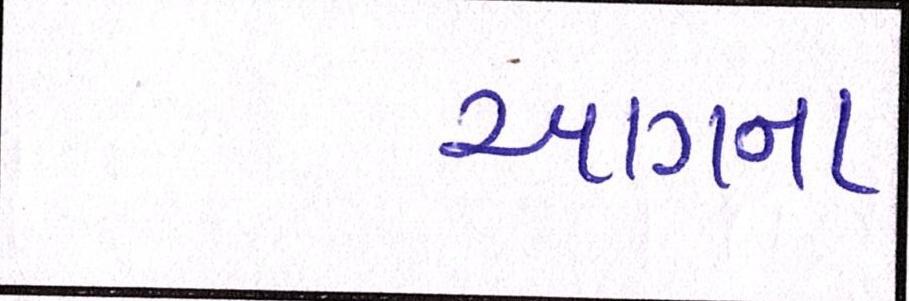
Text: આગના